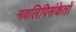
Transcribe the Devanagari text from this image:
नवलिपिसंकेतों